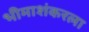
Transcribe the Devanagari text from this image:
भीमाशंकरला